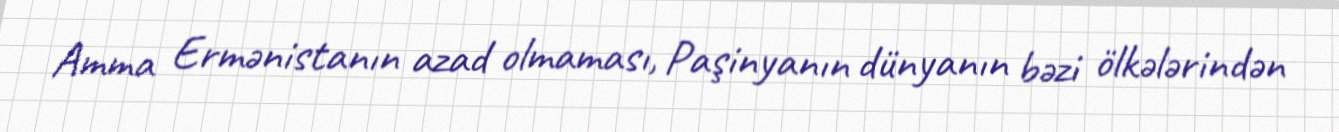
Amma Ermənistanın azad olmaması, Paşinyanın dünyanın bəzi ölkələrindən